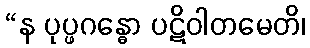
“န ပုပ္ဖဂန္ဓော ပဋိဝါတမေတိ၊